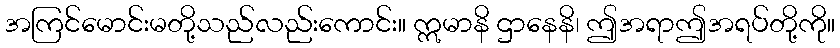
အကြင်မောင်းမတို့သည်လည်းကောင်း။ ဣမာနိ ဌာနေနိ၊ ဤအရာဤအရပ်တို့ကို။